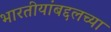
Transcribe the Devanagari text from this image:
भारतीयांबद्दलच्या